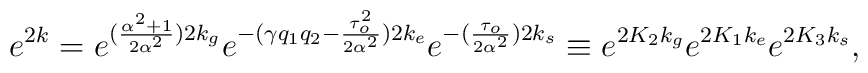
e^{2k}= e^{({{\alpha^2+1} \over {2 \alpha^2}})2k_g} e^{-{(\gamma q_1 q_2 -{\tau_o^2 \over {2 \alpha^2} })}2k_e} e^{ -( {\tau_o \over {2 \alpha^2}})2k_s} \equiv  e^{2K_2 k_g} e^{2K_1 k_e} e^{2K_3 k_s},